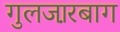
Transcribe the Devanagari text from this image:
गुलजा़रबाग